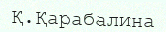
Қ.Қарабалина